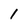
Character: 1